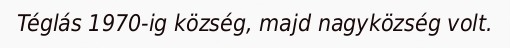
Téglás 1970-ig község, majd nagyközség volt.